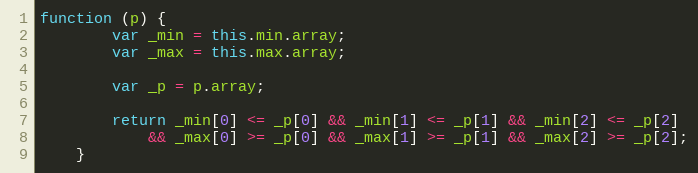
Language: JavaScript
function (p) {
        var _min = this.min.array;
        var _max = this.max.array;

        var _p = p.array;

        return _min[0] <= _p[0] && _min[1] <= _p[1] && _min[2] <= _p[2]
            && _max[0] >= _p[0] && _max[1] >= _p[1] && _max[2] >= _p[2];
    }